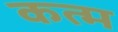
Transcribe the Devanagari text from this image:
कत्म